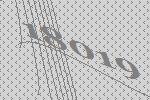
18019